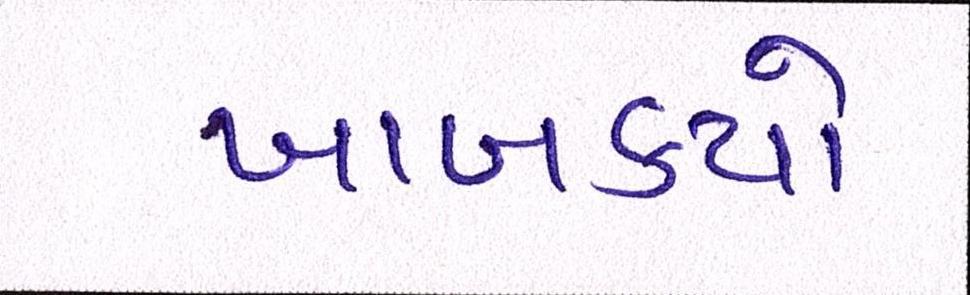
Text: ખાબક્યો